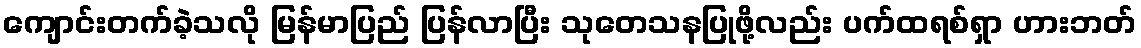
ကျောင်းတက်ခဲ့သလို မြန်မာပြည် ပြန်လာပြီး သုတေသနပြုဖို့လည်း ပက်ထရစ်ရှာ ဟားဘတ်